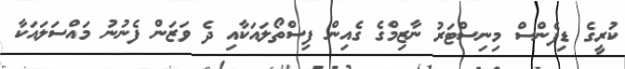
ކުރީގެ ޑިފެންސް މިނިސްޓަރު ނާޒިމްގެ ގެއިން ފިސްތޯލައަކާއި ދެ ވަޒަން ފެނުނު މައްސަލައަކާ